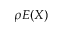
\rho E ( X )